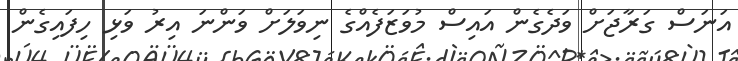
އަނަސް ގަރާޖަށް ވަދެގެން އައިސް މުވަޒަފެއްގެ ނިވަލަށް ވަންނަ އިރު ވަޅި ހިފައިގެން